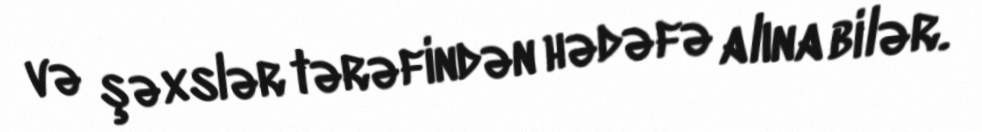
və şəxslər tərəfindən hədəfə alına bilər.